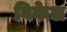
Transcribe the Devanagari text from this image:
विकेल